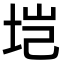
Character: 垲